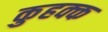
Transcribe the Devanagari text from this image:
कुहक्क